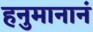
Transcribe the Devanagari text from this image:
हनुमानानं